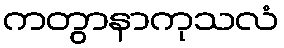
ကတွာနာကုသလံ